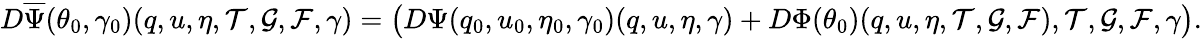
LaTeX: D\overline{{\Psi}}(\theta_{0},\gamma_{0})(q,u,\eta,\mathcal{T},\mathcal{G},\mathcal{F},\gamma)=\big(D\Psi(q_{0},u_{0},\eta_{0},\gamma_{0})(q,u,\eta,\gamma)+D\Phi(\theta_{0})(q,u,\eta,\mathcal{T},\mathcal{G},\mathcal{F}),\mathcal{T},\mathcal{G},\mathcal{F},\gamma\big).